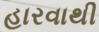
હારવાથી